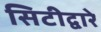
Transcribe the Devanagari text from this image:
सिटीद्वारे